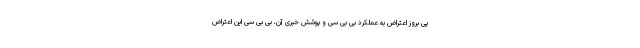
پی بروز اعتراض به عملکرد بی بی سی و پوشش خبری آن، بی بی سی این اعتراض